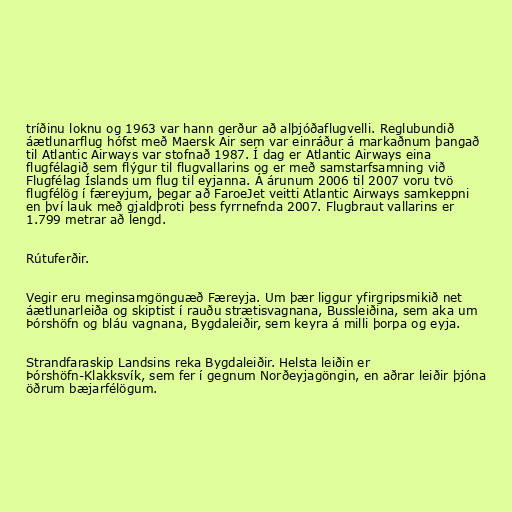
tríðinu loknu og 1963 var hann gerður að alþjóðaflugvelli. Reglubundið
áætlunarflug hófst með Maersk Air sem var einráður á markaðnum þangað
til Atlantic Airways var stofnað 1987. Í dag er Atlantic Airways eina
flugfélagið sem flýgur til flugvallarins og er með samstarfsamning við
Flugfélag Íslands um flug til eyjanna. Á árunum 2006 til 2007 voru tvö
flugfélög í færeyjum, þegar að FaroeJet veitti Atlantic Airways samkeppni
en því lauk með gjaldþroti þess fyrrnefnda 2007. Flugbraut vallarins er
1.799 metrar að lengd.

Rútuferðir.

Vegir eru meginsamgönguæð Færeyja. Um þær liggur yfirgripsmikið net
áætlunarleiða og skiptist í rauðu strætisvagnana, Bussleiðina, sem aka um
Þórshöfn og bláu vagnana, Bygdaleiðir, sem keyra á milli þorpa og eyja.

Strandfaraskip Landsins reka Bygdaleiðir. Helsta leiðin er
Þórshöfn-Klakksvík, sem fer í gegnum Norðeyjagöngin, en aðrar leiðir þjóna
öðrum bæjarfélögum.